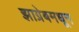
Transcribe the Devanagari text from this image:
झाग्रेबमधून